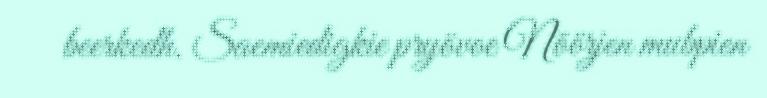
beerkedh. Saemiedigkie pryövoe Nöörjen mubpien